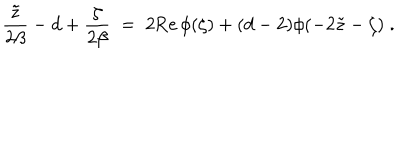
{ \frac { \tilde { z } } { 2 \beta } } - d + { \frac { \zeta } { 2 \beta } } \; = \; 2 \mathrm { R e } \, \phi ( \zeta ) + ( d - 2 ) \phi ( - 2 \tilde { z } - \zeta ) \; .